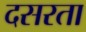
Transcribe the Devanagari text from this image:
दसरता